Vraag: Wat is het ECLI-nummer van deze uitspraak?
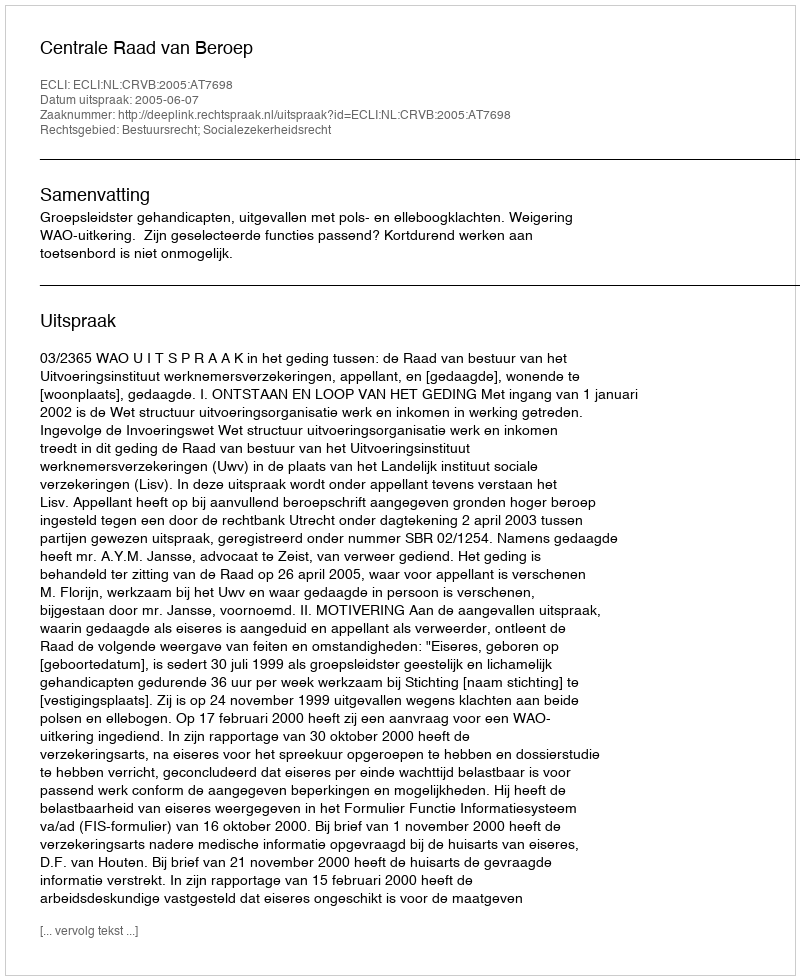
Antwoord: ECLI:NL:CRVB:2005:AT7698